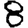
Digit: 8